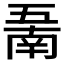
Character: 𱎖